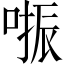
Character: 𠺲